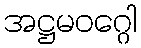
အဋ္ဌမဝဂ္ဂေါ